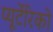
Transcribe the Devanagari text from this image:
प्यूर्टेरिको